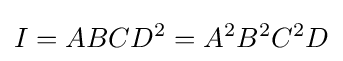
I=ABCD^{2}=A^{2}B^{2}C^{2}D